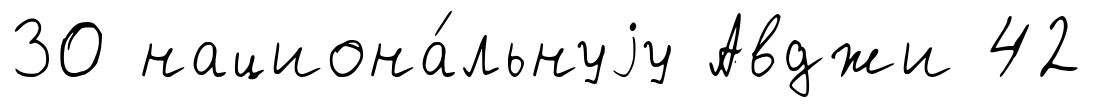
30 национа́льнуjу Авджи 42